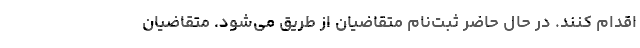
اقدام کنند. در حال حاضر ثبت‌نام متقاضیان از طریق می‌شود. متقاضیان